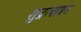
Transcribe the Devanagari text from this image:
शुद्रत्वाप्रत